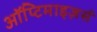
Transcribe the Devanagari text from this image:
ऑप्टिमाइज़र्स